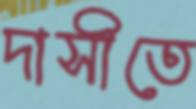
দাসীতে